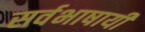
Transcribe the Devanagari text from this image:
सर्वभाषायी